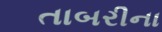
તાબરીના